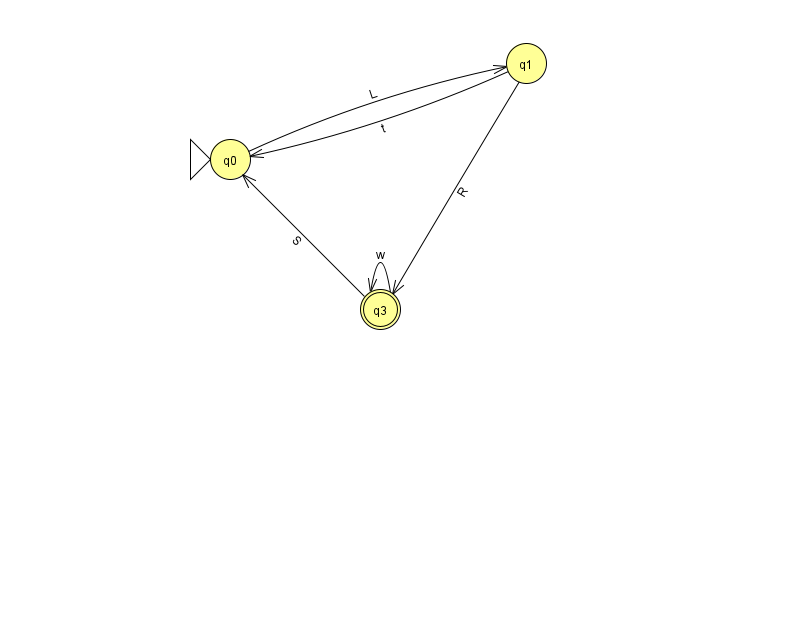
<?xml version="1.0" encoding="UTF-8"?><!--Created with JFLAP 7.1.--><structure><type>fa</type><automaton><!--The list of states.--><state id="0" name="q0"><x>230.0</x><y>146.0</y><initial/></state><state id="1" name="q1"><x>526.0</x><y>50.0</y></state><state id="3" name="q3"><x>380.0</x><y>296.0</y><final/></state><!--The list of transitions.--><transition><from>1</from><to>0</to><read>t</read></transition><transition><from>1</from><to>3</to><read>R</read></transition><transition><from>3</from><to>0</to><read>S</read></transition><transition><from>3</from><to>3</to><read>w</read></transition><transition><from>0</from><to>1</to><read>L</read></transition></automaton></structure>